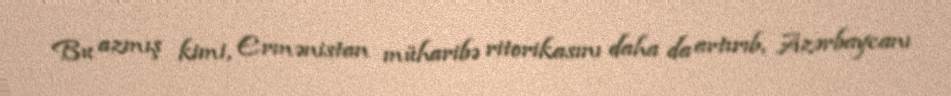
Bu azmış kimi, Ermənistan müharibə ritorikasını daha da artırıb, Azərbaycanı